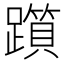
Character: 𨆦